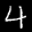
Label: 4